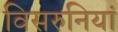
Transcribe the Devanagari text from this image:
विसरुनियां